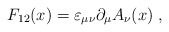
\begin{align*}F_{12}(x) = \varepsilon_{\mu \nu} \partial_\mu A_\nu(x) \; ,\end{align*}